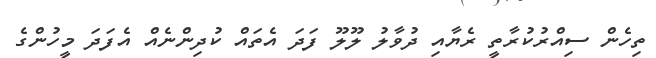
ތިހެން ސިއްރުކުރާތީ ރެޔާއި ދުވާލު ލޫލޫ ފަދަ އެތައް ކުދިންނެއް އެފަދަ މީހުންގެ